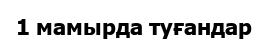
1 мамырда туғандар